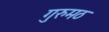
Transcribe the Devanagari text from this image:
गुरुमठ